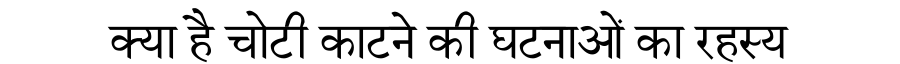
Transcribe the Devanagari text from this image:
क्या है चोटी काटने की घटनाओं का रहस्य